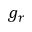
g _ { r }